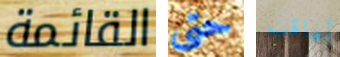
القائمة حتى أعاقب